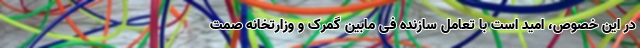
در این خصوص، امید است با تعامل سازنده فی مابین گمرک و وزارتخانه صمت